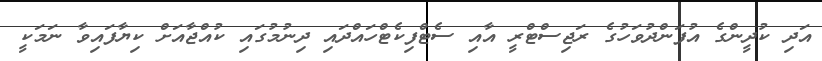
އަދި ކުދީންގެ އުފަންދުވަހުގެ ރަޖިސްޓްރީ އާއި ސެޓްފިކެޓްހައްދައި ދިނުމުގައި ކުއްޖާއަށް ކިޔާފައިވާ ނަމަކީ